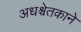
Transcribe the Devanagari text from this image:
अधश्चेतकाने